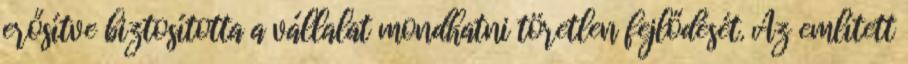
erősítve biztosította a vállalat mondhatni töretlen fejlődését. Az említett